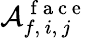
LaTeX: \mathcal{A}_{f,\, i,\, j}^{\mathrm{~f~a~c~e~}}